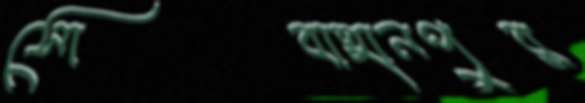
সোবাহানপুর